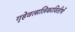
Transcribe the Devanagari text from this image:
गृहेवत्सलिकावितीर्णे